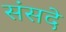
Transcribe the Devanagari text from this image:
संसदे